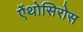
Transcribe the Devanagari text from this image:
ऐंथोसिरोस